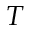
T